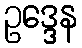
ဥဒ္ဒေန